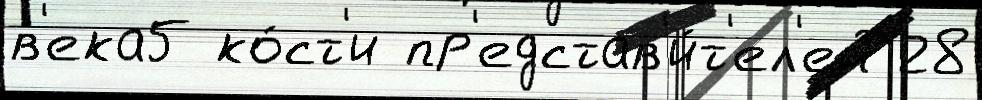
в'ека5 ко́ст'и пр'едстав'и́т'ел'ей 28